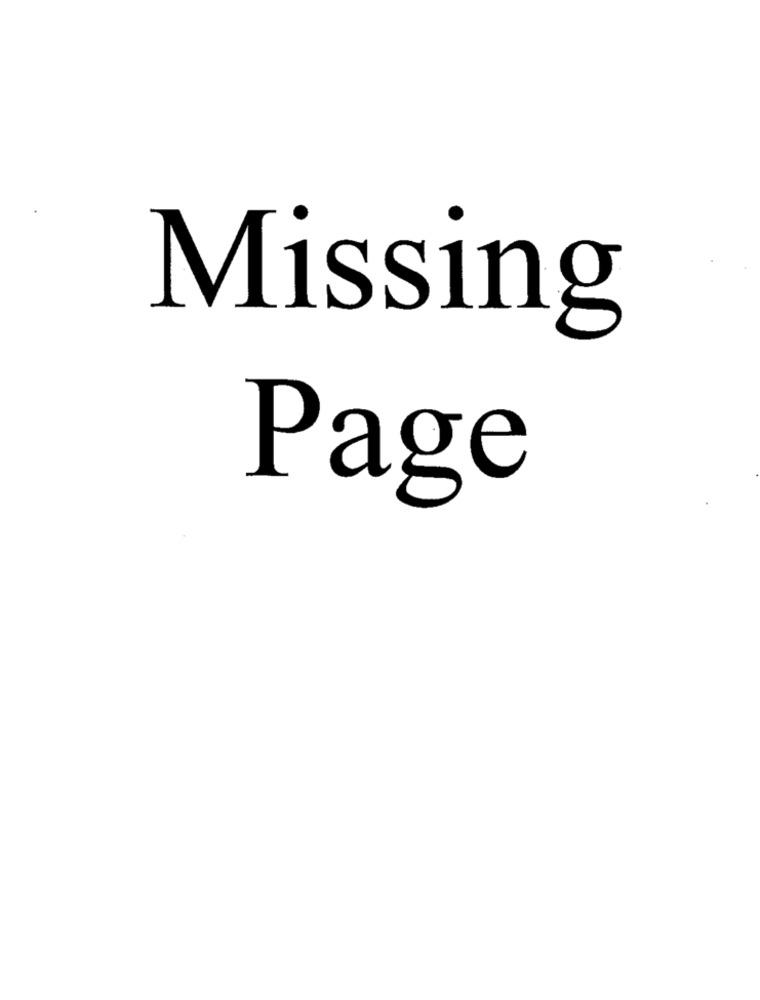
Missing
Page